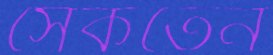
সেকতেন